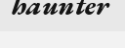
haunter